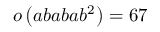
o \left( a b a b a b ^ { 2 } \right) = 6 7